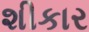
શીકાર